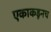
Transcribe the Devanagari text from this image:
एकाकडूनच